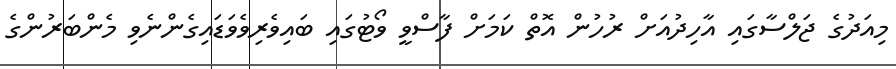
މިއަދުގެ ޖަލްސާގައި އާހިދުއަށް ރުހުން އޮތް ކަމަށް ފާސްވީ ވޯޓުގައި ބައިވެރިވެވަޑައިގެންނެވި މެންބަރުންގެ